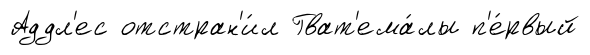
Аддл'ес отстран'и́л Гват'ема́лы п'е́рвый